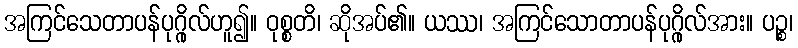
အကြင်သေတာပန်ပုဂ္ဂိုလ်ဟူ၍။ ဝုစ္စတိ၊ ဆိုအပ်၏။ ယဿ၊ အကြင်သောတာပန်ပုဂ္ဂိုလ်အား။ ပဉ္စ၊